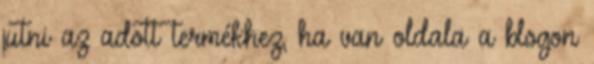
jutni az adott termékhez, ha van oldala a blogon